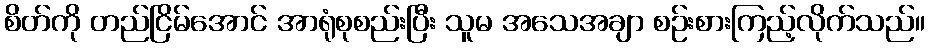
စိတ်ကို တည်ငြိမ်အောင် အာရုံစုစည်းပြီး သူမ အသေအချာ စဉ်းစားကြည့်လိုက်သည်။